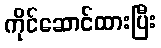
ကိုင်ဆောင်ထားပြီး